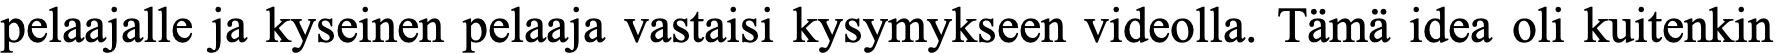
pelaajalle ja kyseinen pelaaja vastaisi kysymykseen videolla. Tämä idea oli kuitenkin